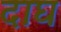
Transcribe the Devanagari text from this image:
दाघ